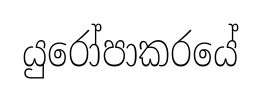
යුරෝපාකරයේ